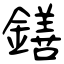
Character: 鐥